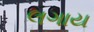
લગાય